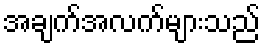
အချက်အလက်များသည်